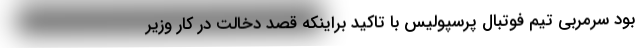
بود سرمربی تیم فوتبال پرسپولیس با تاکید براینکه قصد دخالت در کار وزیر